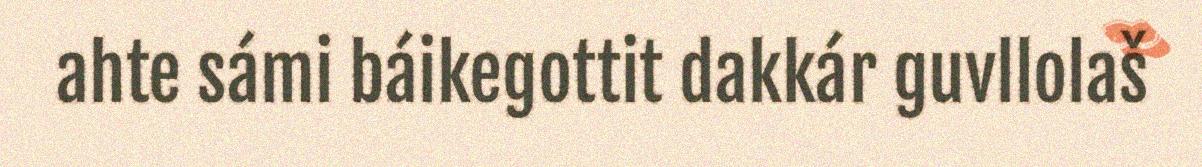
ahte sámi báikegottit dakkár guvllolaš